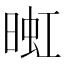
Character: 𬁅